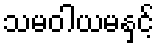
သမဝါယမနှင့်